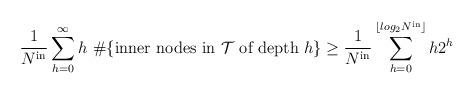
LaTeX: \begin{align*} \frac{1}{N^{\mathrm{in}}} \sum_{h=0}^{\infty} h \ \# \{\mbox{inner nodes in $\mathcal{T}$ of depth }h \} \geq \frac{1}{N^{\mathrm{in}}} \sum_{h=0}^{ \lfloor log_2 N^{\mathrm{in}} \rfloor} h 2^h\end{align*}